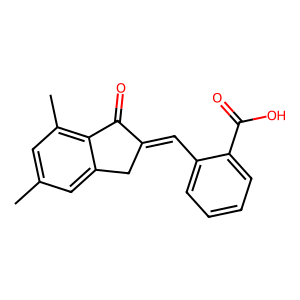
SMILES: Cc1cc(C)c2c(c1)CC(=Cc1ccccc1C(=O)O)C2=O
Inhibits HIV replication: No